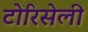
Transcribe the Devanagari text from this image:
टोरिसेली